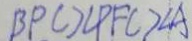
B P C > \angle P F C > \angle A